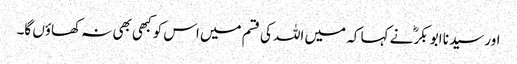
اور سیدنا ابو بکرؓ نے کہا کہ میں اللہ کی قسم میں اس کو کبھی بھی نہ کھاؤں گا۔